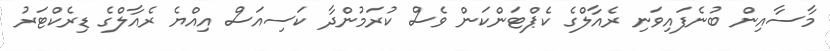
މާސާއިން ބުނެފައިވަނި ރެއާލްގެ ކެޕްޓަންކަން ވެސް ކުރަމުންދާ ކަސިއަސް އިއްޔެ ރެއާލްގެ ޑިރެކްޓަރު